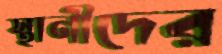
স্থানীদের